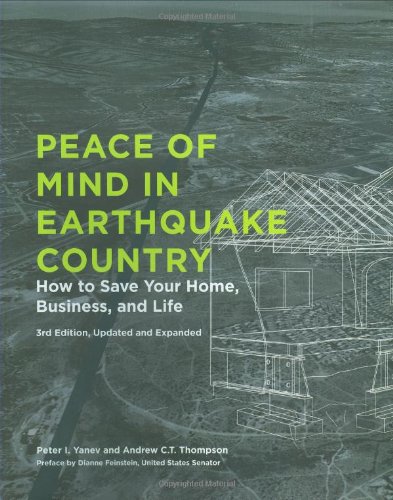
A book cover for Peace of Mind in Earthquake Country: How to Save Your Home, Business, and Life; Peter Yanev; Science & Math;